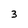
Character: 3